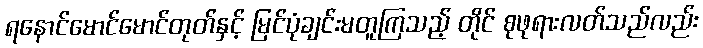
ရနောင်မောင်မောင်တုတ်နှင့် မြင်ပုံချင်းမတူကြသည့် တိုင် စုဖုရားလတ်သည်လည်း